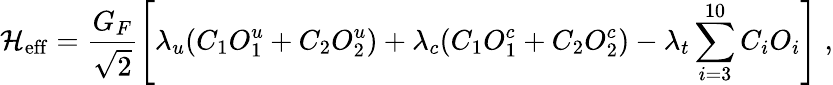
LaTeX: {\cal H}_{\mathrm{eff}}=\frac{G_{F}}{\sqrt{2}}\left[\lambda_{u}(C_{1}O_{1}^{u}+C_{2}O_{2}^{u})+\lambda_{c}(C_{1}O_{1}^{c}+C_{2}O_{2}^{c})-\lambda_{t}\sum_{i=3}^{10}C_{i}O_{i}\right]\; ,